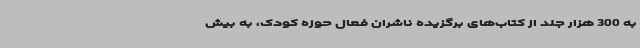
به 300 هزار جلد از کتاب‌های برگزیده ناشران فعال حوزه کودک، به بیش